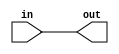
module sub #(parameter d=1) (input in, output out);
    assign out = in;
endmodule